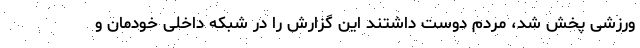
ورزشی پخش شد، مردم دوست داشتند این گزارش را در شبکه داخلی خودمان و